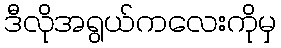
ဒီလိုအရွယ်ကလေးကိုမှ